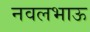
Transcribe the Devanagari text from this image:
नवलभाऊ